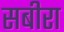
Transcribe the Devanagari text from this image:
सबीरा